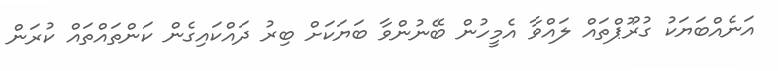
އަނެއްބަޔަކު ގުރޫޕްތައް ލައްވާ އެމީހުން ބޭނުންވާ ބަޔަކަށް ބިރު ދައްކައިގެން ކަންތައްތައް ކުރަން